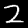
Digit: 2